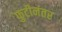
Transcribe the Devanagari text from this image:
फुटीनंतर